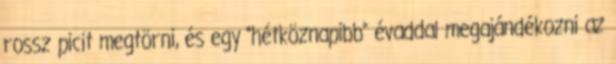
rossz picit megtörni, és egy “hétköznapibb” évaddal megajándékozni az